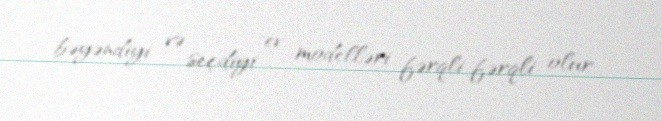
bəyəndiyi və seçdiyi ev modelləri fərqli-fərqli olur.